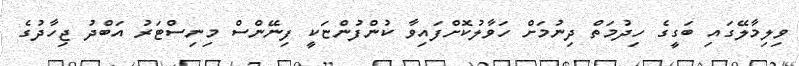
ވިލިމާލޭގައި ބަގީގެ ހިދުމަތް ދިނުމަށް ހަވާލުކޮށްފައިވާ ކުންފުންޏަކީ ފިނޭންސް މިނިސްޓަރު އަބްދު ޖިހާދުގެ